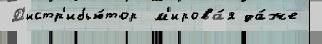
Д'истр'ибью́тор  м'ирова́я да́же